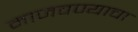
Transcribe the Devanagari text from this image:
माजवण्याचा